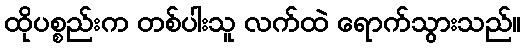
ထိုပစ္စည်းက တစ်ပါးသူ လက်ထဲ ရောက်သွားသည်။